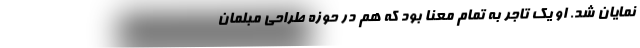
نمایان شد. او یک تاجر به تمام معنا بود که هم در حوزه طراحی مبلمان